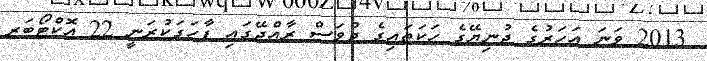
2013 ވަނަ އަހަރުގެ ދުނިޔޭގެ ހަކަތައިގެ ދުވަސް ރާއްޖޭގައި ފާހަގަކުރަނީ 22 އޮކްޓޯބަރ